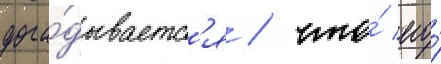
дога́дываетс'я / что́ его́